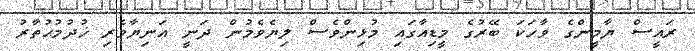
ރައީސް ޔާމީންގެ ވާހަކަ ބޭރުގެ މީޑިއާގައި މުޅިންވެސް ލިޔެވެމުން ދަނީ އަނިޔާވެރި ޚުދުމުޙުތާރު